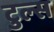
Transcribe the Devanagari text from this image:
टुल्स